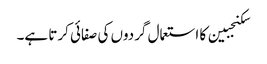
سکنجبین کا استعمال گردوں کی صفائی کرتا ہے۔